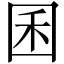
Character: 囷